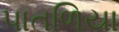
પાતળિયા